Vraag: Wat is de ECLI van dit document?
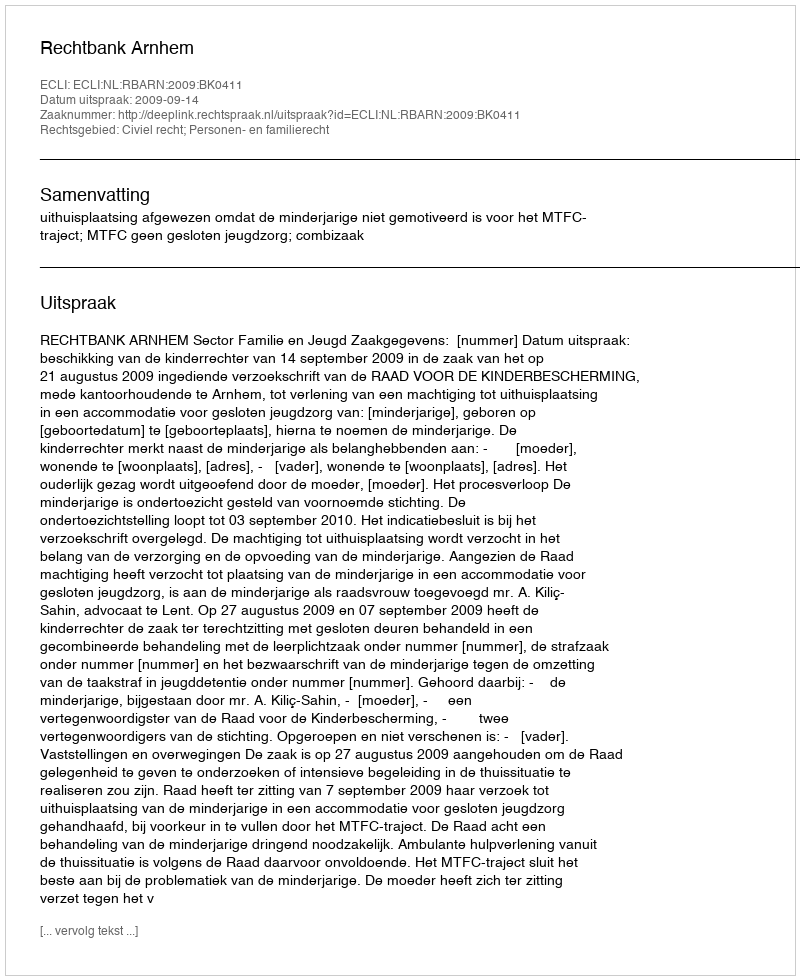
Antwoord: ECLI:NL:RBARN:2009:BK0411